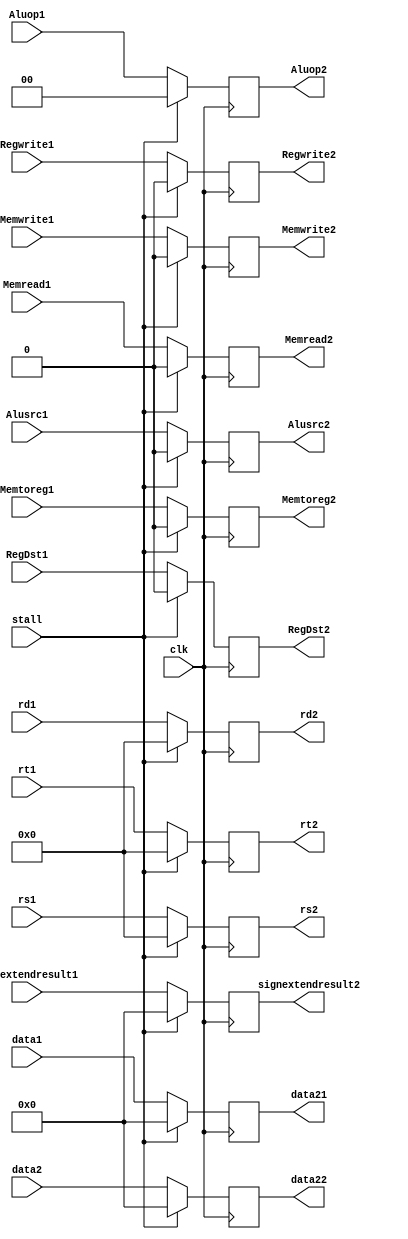
module ID_EX(input [31:0] signextendresult1, data1,data2, 
             input [4:0]   rs1, rt1, rd1,
             input         clk, RegDst1, Alusrc1, Memread1, Memwrite1, Regwrite1, Memtoreg1, stall,
             input [1:0]   Aluop1,
             output  reg [31:0] signextendresult2, data21,data22, 
             output reg  [4:0]   rs2, rt2, rd2,
             output     reg     RegDst2, Alusrc2, Memread2, Memwrite2, Regwrite2, Memtoreg2,
             output reg [1:0]   Aluop2

             );
    always @ (posedge clk)
      begin
          if (! stall)
            begin
                signextendresult2 <= signextendresult1;
                data21 <= data1;
                data22 <= data2;
                rs2 <= rs1;
                rt2 <= rt1;
                rd2 <= rd1;
                RegDst2 <= RegDst1;
                Alusrc2 <= Alusrc1;
                // Branch2 <= Branch1;
                Memread2 <= Memread1;
                Memwrite2 <= Memwrite1;
                Regwrite2 <= Regwrite1;
                Memtoreg2 <= Memtoreg1;
                Aluop2 <= Aluop1;
            end // always @ (posedge clk)
          else
            begin 
                signextendresult2 <= 'd0;
                data21 <= 'd0;
                data22 <= 'd0;
                rs2 <= 'd0;
                rt2 <= 'd0;
                rd2 <= 'd0;
                RegDst2 <= 'd0;
                Alusrc2 <= 'd0;
                // Branch2 <= Branch1;
                Memread2 <= 'd0;
                Memwrite2 <= 'd0;
                Regwrite2 <= 'd0;
                Memtoreg2 <= 'd0;
                Aluop2 <= 'd0;

            end // else: !if(! stall)
      end // always @ (posedge clk)
    
                
endmodule // ID_EX